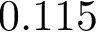
0 . 1 1 5